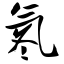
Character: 氡